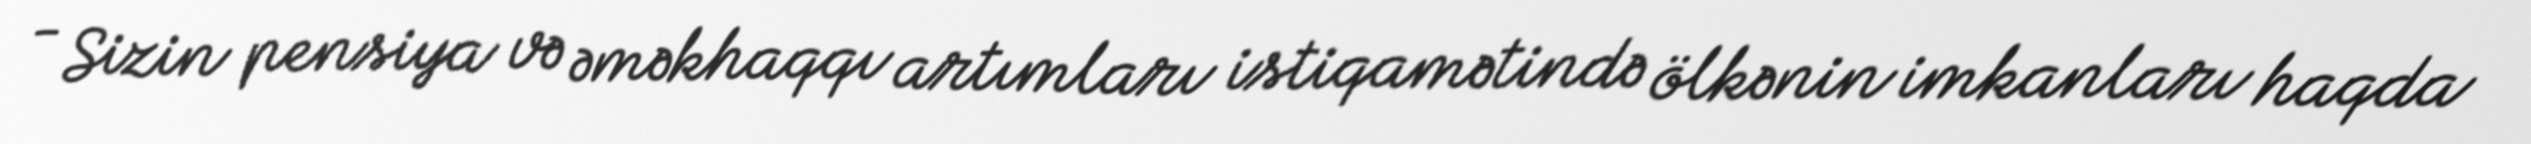
- Sizin pensiya və əməkhaqqı artımları istiqamətində ölkənin imkanları haqda